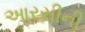
આરસીની